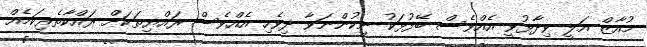
މުއާޒް އަލީ ވިދާޅުވީ އެއްވެސް ބޭފުޅަކު ނިކުންނަވާ ދިވެހި އެއްވެސް ރައްޔިތަކަށް ރައްކާތެރިކަމެއް